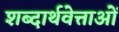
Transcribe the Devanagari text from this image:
शब्दार्थवेत्ताओं